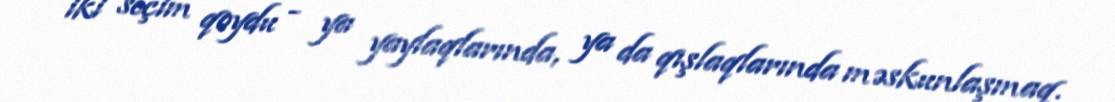
iki seçim qoydu - ya yaylaqlarında, ya da qışlaqlarında məskunlaşmaq.